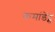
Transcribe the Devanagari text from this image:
कमांडेंट्स